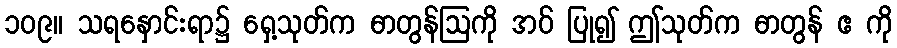
၁၀၉။ သရနှောင်းရာ၌ ရှေ့သုတ်က ဓာတွန်ဩကို အဝ် ပြု၍ ဤသုတ်က ဓာတွန် ဧ ကို